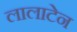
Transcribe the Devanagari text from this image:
लालाटेन